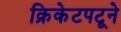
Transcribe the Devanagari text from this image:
क्रिकेटपटूने